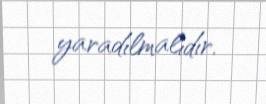
yaradılmalıdır.